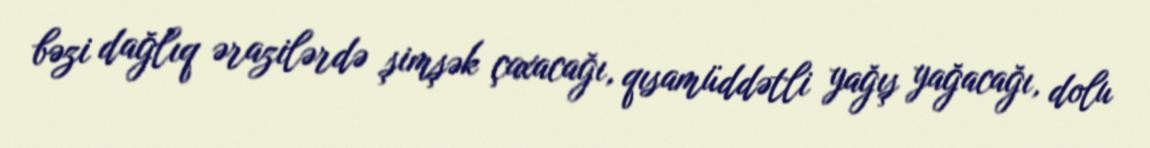
bəzi dağlıq ərazilərdə şimşək çaxacağı, qısamüddətli yağış yağacağı, dolu